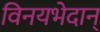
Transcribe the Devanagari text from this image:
विनयभेदान्